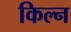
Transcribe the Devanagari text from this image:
किल्न